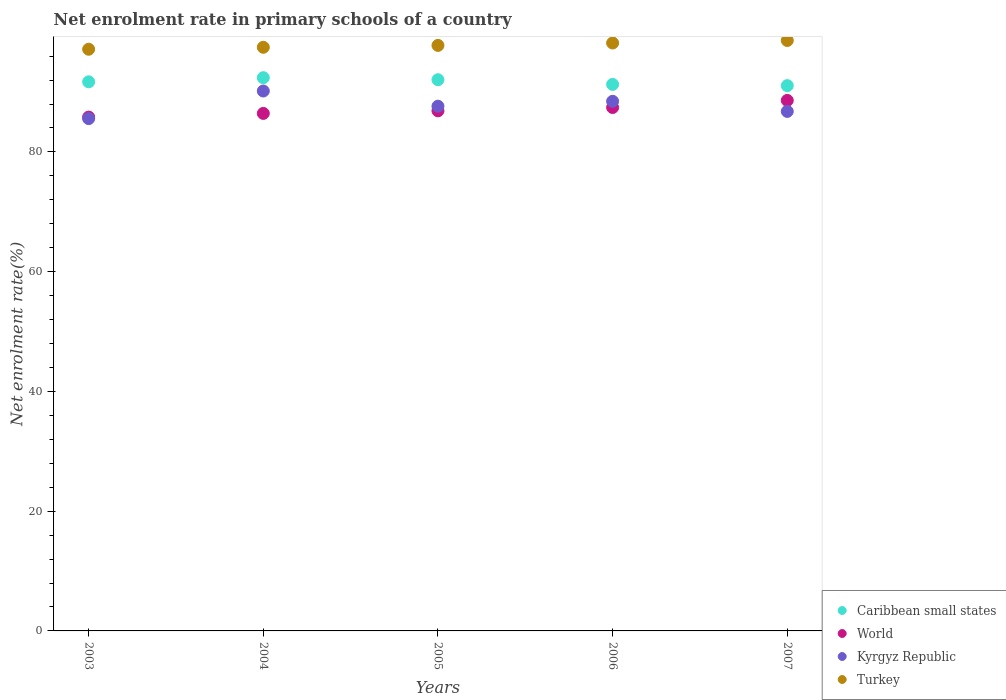
| Years | Caribbean small states | World | Kyrgyz Republic | Turkey |
 | --- | --- | --- | --- | --- |
 | 2003 | 91.7 | 85.8 | 85.6 | 97.1 |
 | 2004 | 92.4 | 86.4 | 90.2 | 97.5 |
 | 2005 | 92.1 | 86.9 | 87.6 | 97.8 |
 | 2006 | 91.3 | 87.4 | 88.5 | 98.2 |
 | 2007 | 91.1 | 88.6 | 86.8 | 98.6 |